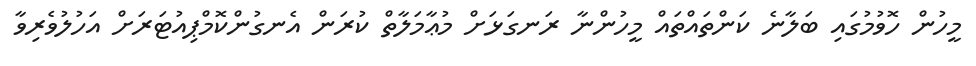
މީހުން ހޮވުމުގައި ބަލާނެ ކަންތައްތައް މީހުންނާ ރަނގަޅަށް މުޢާމަލާތް ކުރަން އެނގުންކޮމްޕިއުޓަރަށް އަހުލުވެރިވާ